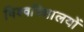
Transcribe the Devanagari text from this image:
विश्वविधालयों